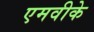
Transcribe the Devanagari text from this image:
एमवीके